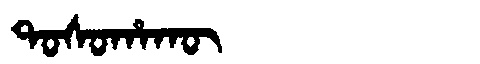
Manchu: ᡨᠣᠰᠣᡥᠠᡴᡡ
Romanization: TOSOHAKŪ